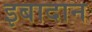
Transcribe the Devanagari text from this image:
इबादान